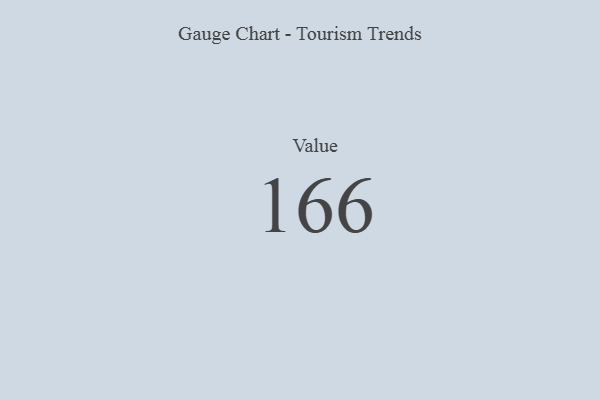
{"axis": {"x": "Metric", "y": "Value"}, "legend": [""], "data": [{"x": "Value", "y": 166, "type": ""}]}